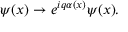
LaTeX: \psi ( x ) \rightarrow e ^ { i q \alpha ( x ) } \psi ( x ) .